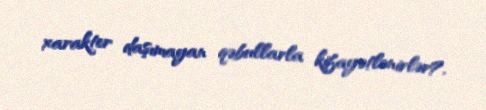
xarakter daşımayan qəbullarla kifayətlənirlər?.